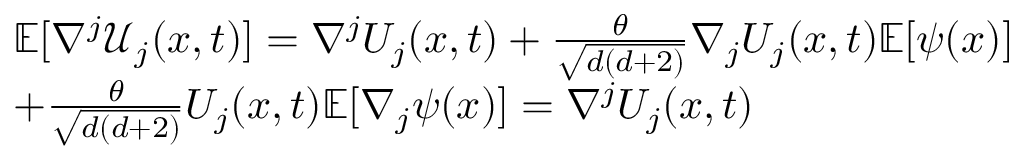
\begin{array} { r l } & { \mathbb { E } [ \nabla ^ { j } \mathcal { U } _ { j } ( x , t ) ] = \nabla ^ { j } U _ { j } ( x , t ) + \frac { \theta } { \sqrt { d ( d + 2 ) } } \nabla _ { j } U _ { j } ( x , t ) \mathbb { E } [ \psi ( x ) ] } \\ & { + \frac { \theta } { \sqrt { d ( d + 2 ) } } U _ { j } ( x , t ) \mathbb { E } [ \nabla _ { j } \psi ( x ) ] = \nabla ^ { j } U _ { j } ( x , t ) } \end{array}